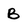
Character: B